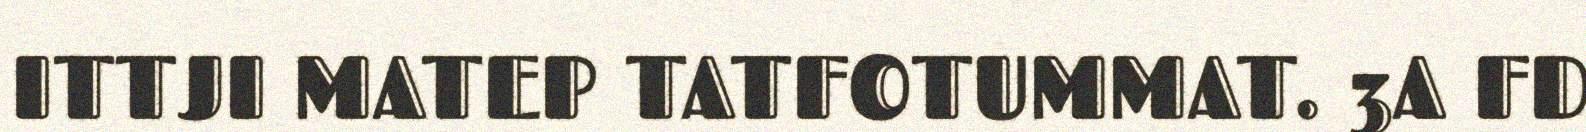
ITTJI MATEP TATFOTUMMAT. 3A FD